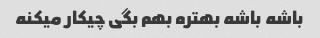
باشه باشه بهتره بهم بگی چیکار میکنه